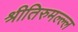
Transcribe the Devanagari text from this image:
श्रीतिरुमल्ल्ल